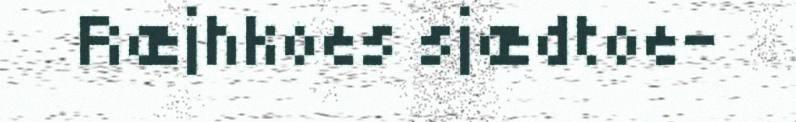
Ræjhkoes sjædtoe-